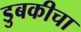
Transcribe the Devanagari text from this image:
डुबकीचा